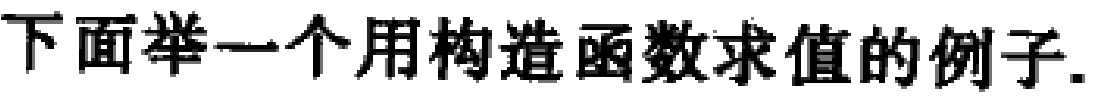
下面举一个用构造函数求值的例子.